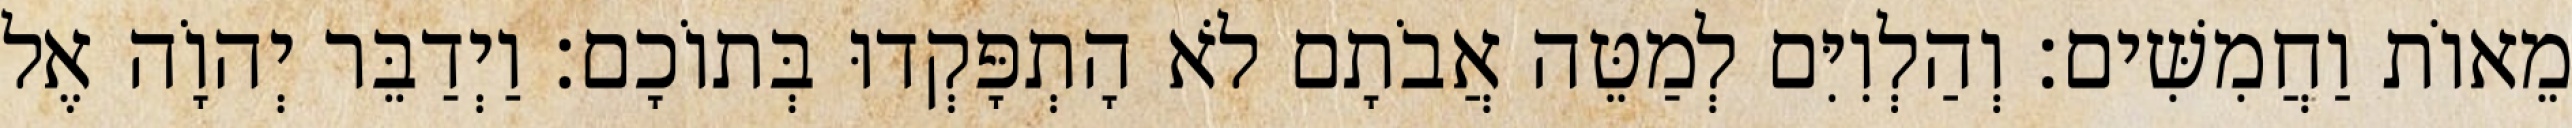
מֵאוֹת וַחֲמִשִּׁים׃ וְהַלְוִיִּם לְמַטֵּה אֲבֹתָם לֹא הָתְפָּקְדוּ בְּתוֹכָם׃ וַיְדַבֵּר יְהוָֹה אֶל